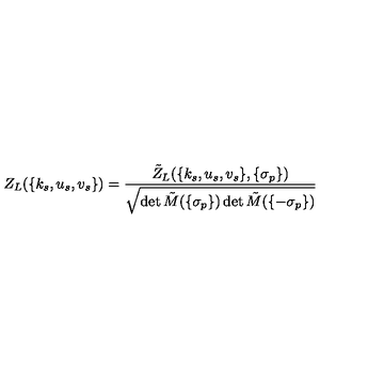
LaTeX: Z _ { L } ( \{ k _ { s } , u _ { s } , v _ { s } \} ) = \frac { \tilde { Z } _ { L } ( \{ k _ { s } , u _ { s } , v _ { s } \} , \{ \sigma _ { p } \} ) } { \sqrt { \det \tilde { M } ( \{ \sigma _ { p } \} ) \det \tilde { M } ( \{ - \sigma _ { p } \} ) } }